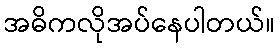
အဓိကလိုအပ်နေပါတယ်။